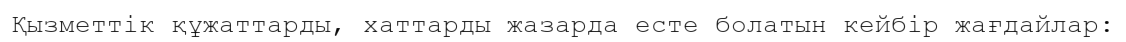
Қызметтік құжаттарды, хаттарды жазарда есте болатын кейбір жағдайлар: